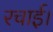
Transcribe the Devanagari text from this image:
रचाई।